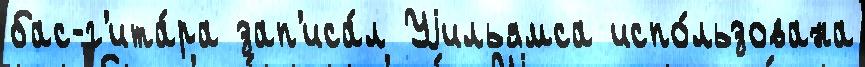
бас-г'ита́ра зап'иса́л Уjильямса испо́льзована